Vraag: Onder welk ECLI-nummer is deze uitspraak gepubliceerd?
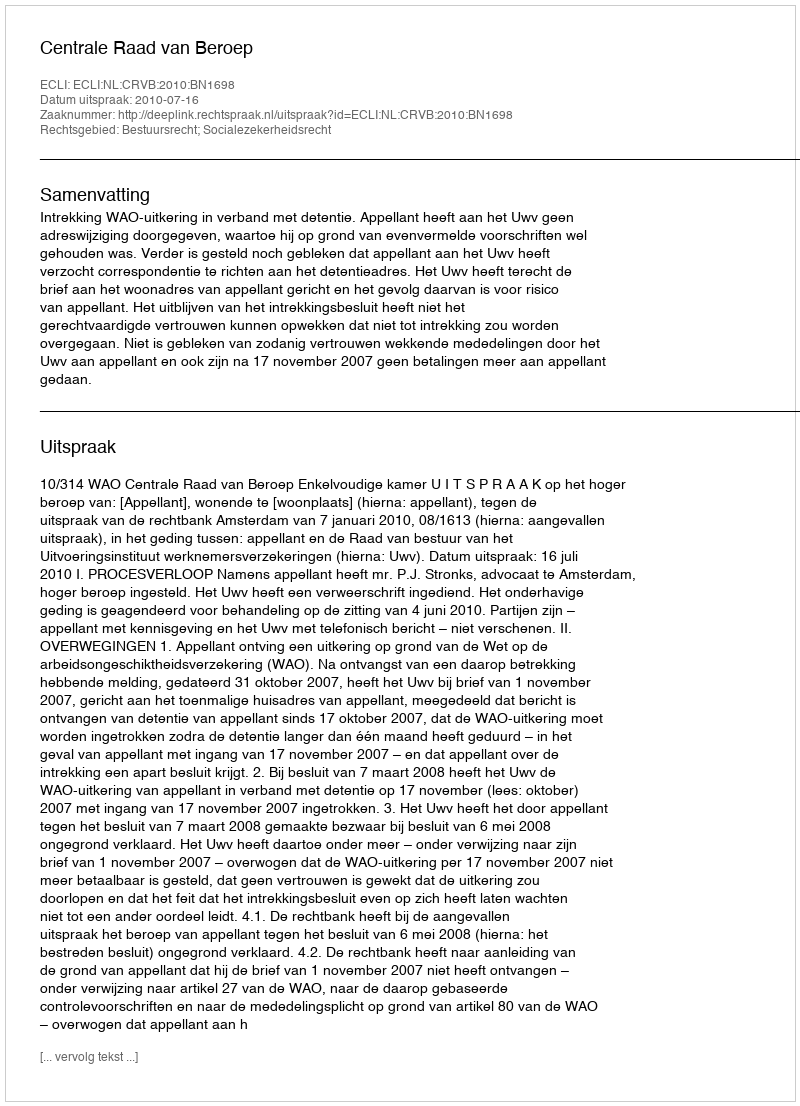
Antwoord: ECLI:NL:CRVB:2010:BN1698